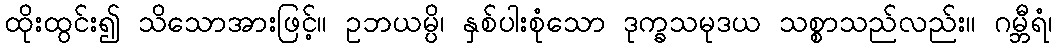
ထိုးထွင်း၍ သိသောအားဖြင့်။ ဥဘယမ္ပိ၊ နှစ်ပါးစုံသော ဒုက္ခသမုဒယ သစ္စာသည်လည်း။ ဂမ္ဘီရံ၊